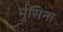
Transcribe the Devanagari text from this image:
मुसिना